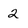
Character: 2